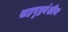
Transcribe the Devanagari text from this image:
सहपृष्ठवंशीय